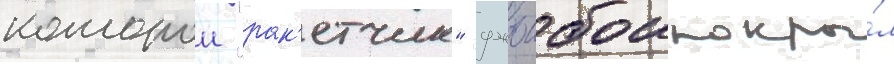
которои "рак'етчик" джоибои покры́л